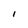
Character: 1